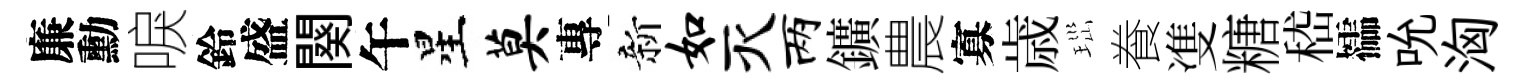
廉勳唳鈴盛闋午星莫專新如灭两鑛農寡歳𤤼飬㕠糖嵇櫺吮洶